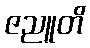
ဇညူတိ